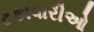
ટકાવારીઓ